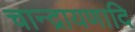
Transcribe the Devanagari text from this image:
चान्द्रायणादि